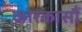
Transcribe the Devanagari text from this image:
कारकासौं